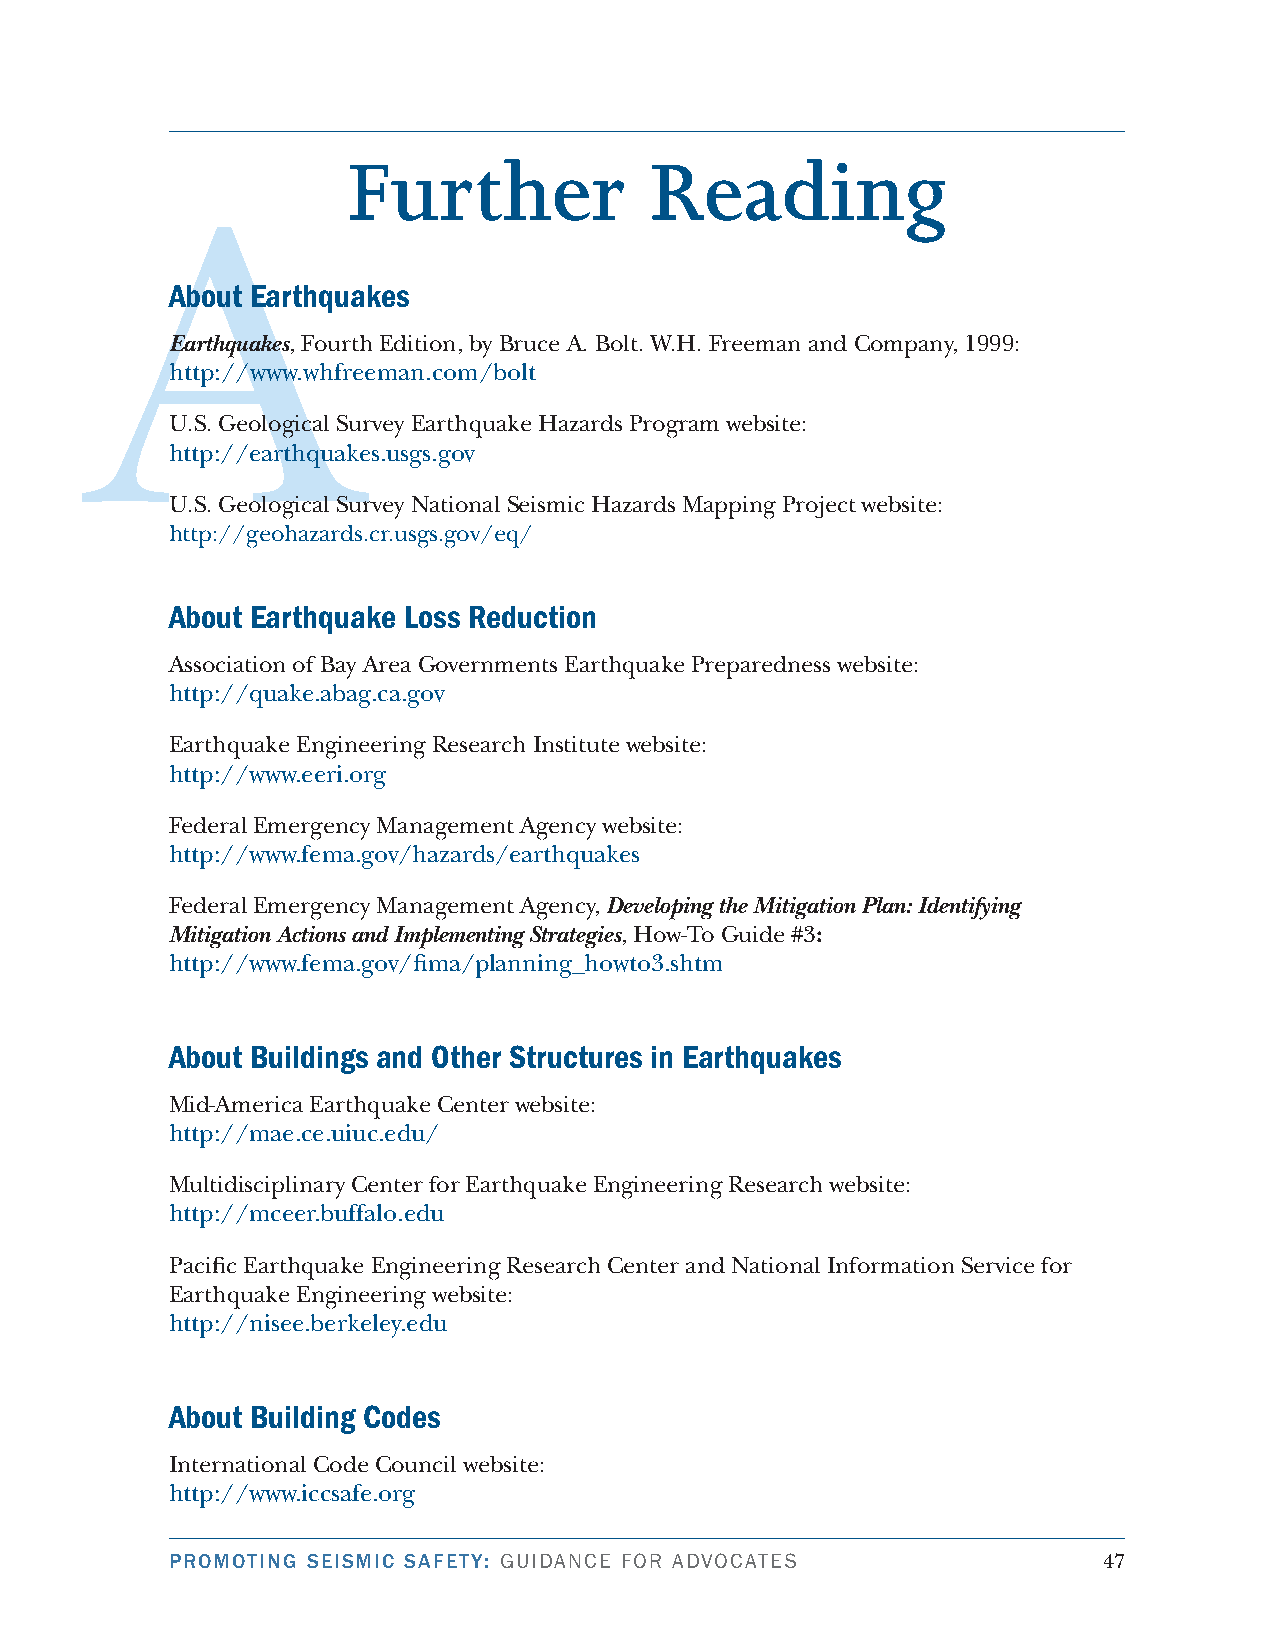
Further             Reading
 A
 About Earthquakes
 Earthquakes, Fourth Edition, by Bruce A. Bolt. W.H. Freeman and Company, 999:
 http://www.whfreeman.com/bolt
 U.S. Geological Survey Earthquake Hazards Program website:
 http://earthquakes.usgs.gov
 U.S. Geological Survey National Seismic Hazards Mapping Project website:
 http://geohazards.cr.usgs.gov/eq/
 About Earthquake Loss Reduction
 Association of Bay Area Governments Earthquake Preparedness website:
 http://quake.abag.ca.gov
 Earthquake Engineering Research Institute website:
 http://www.eeri.org
 Federal Emergency Management Agency website:
 http://www.fema.gov/hazards/earthquakes
 Federal Emergency Management Agency, Developing the Mitigation Plan: Identifying
 Mitigation Actions and Implementing Strategies, How-To Guide #3:
 http://www.fema.gov/fima/planning_howto3.shtm
 About Buildings and Other Structures in Earthquakes
 Mid-America Earthquake Center website:
 http://mae.ce.uiuc.edu/
 Multidisciplinary Center for Earthquake Engineering Research website:
 http://mceer.buffalo.edu
 Pacific Earthquake Engineering Research Center and National Information Service for
 Earthquake Engineering website:
 http://nisee.berkeley.edu
 About Building Codes
 International Code Council website:
 http://www.iccsafe.org
 PROMOTING SEISMIC SAFETY: GuidAnce for AdvocAtes              4